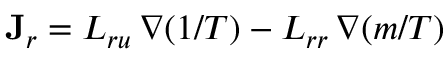
\mathbf { J } _ { r } = L _ { r u } \, \nabla ( 1 / T ) - L _ { r r } \, \nabla ( m / T )